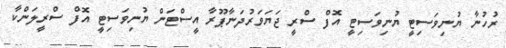
ރުހުނާ ޔުނިވަސިޓީ ޔުނިވަސިޓީ އޮފް ސްރީ ޖަޔަވަރުދަނާޕޫރާ އީސްޓަން ޔުނިވަސިޓީ އޮފް ސްރީލަންކާ